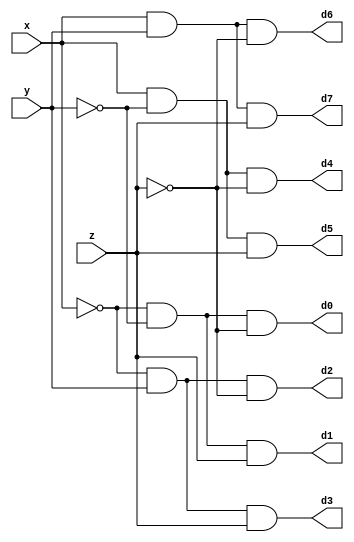
module DECODER(d0,d1,d2,d3,d4,d5,d6,d7,x,y,z);
	input x,y,z;
	output d0,d1,d2,d3,d4,d5,d6,d7;
	wire x0,y0,z0;
	not n1(x0,x);
	not n2(y0,y);
	not n3(z0,z);
	and a0(d0,x0,y0,z0);
	and a1(d1,x0,y0,z);
	and a2(d2,x0,y,z0);
	and a3(d3,x0,y,z);
	and a4(d4,x,y0,z0);
	and a5(d5,x,y0,z);
	and a6(d6,x,y,z0);
	and a7(d7,x,y,z);
endmodule

module FADDER(s,c,x,y,z);
	input x,y,z;
	wire d0,d1,d2,d3,d4,d5,d6,d7;
	output s,c;
	DECODER dec(d0,d1,d2,d3,d4,d5,d6,d7,x,y,z);
	assign s = d1 | d2 | d4 | d7,
	 c = d3 | d5 | d6 | d7;
endmodule

module FADDER8(s,cout,x,y,cin);
	input [7:0] x; 
	input [7:0] y;
	input cin;
	wire [6:0] c;
	output cout;
	output [7:0] s;
		FADDER f1(s[0],c[0],x[0],y[0],cin);
		FADDER f2(s[1],c[1],x[1],y[1],c[0]);
		FADDER f3(s[2],c[2],x[2],y[2],c[1]);
		FADDER f4(s[3],c[3],x[3],y[3],c[2]);
		FADDER f5(s[4],c[4],x[4],y[4],c[3]);
		FADDER f6(s[5],c[5],x[5],y[5],c[4]);
		FADDER f7(s[6],c[6],x[6],y[6],c[5]);
		FADDER f8(s[7],cout,x[7],y[7],c[6]);
endmodule

module FADDER32(s,cout,x,y,cin);
	input [31:0] x;
	input [31:0] y;
	input cin;
	wire [2:0] carry;
	output [31:0] s;
	output cout;
		FADDER8 f1(s[7:0],carry[0],x[7:0],y[7:0],cin);
		FADDER8 f2(s[15:8],carry[1],x[15:8],y[15:8],carry[0]);
		FADDER8 f3(s[23:16],carry[2],x[23:16],y[23:16],carry[1]);
		FADDER8 f4(s[31:24],cout,x[31:24],y[31:24],carry[2]);
endmodule

module FULLADDER_behavioral(s,c,x,y,z);
	input x,y,z;
	output reg s,c;
	//DECODER dec(d0,d1,d2,d3,d4,d5,d6,d7,x,y,z);
	//always@(*)
		//s = d1 || d2 || d4 || d7;
		//c = d3 || d5 || d6 || d7;
	always@(*)
		begin
		s = x^y^z;
		c = z&(x|y)|(x&y);
		end
endmodule

module ADDSUB(s,v,x,y,m);
	input [3:0] x,y;
	input m;
	reg [3:0] d;
	wire [2:0] carry;
	wire cout;
	output [3:0] s;
	output reg v;
	integer i;
	always@(*)
	begin
		for(i=0;i<4;i=i+1)
			begin
				d[i] = m^y[i];
			end
	end
	
	
		FULLADDER_behavioral f1(s[0],carry[0],x[0],d[0],m);
		FULLADDER_behavioral f2(s[1],carry[1],x[1],d[1],carry[0]);
		FULLADDER_behavioral f3(s[2],carry[2],x[2],d[2],carry[1]);
		FULLADDER_behavioral f4(s[3],cout,x[3],d[3],carry[2]);
	always@(*)
	begin
		v = cout^carry[2];
	end
	
endmodule
		
	
module testbench;
	 reg [31:0] x,y;
	 reg [3:0] x1,y1;
	 reg cin,m;
	 wire [31:0] s;
	 wire [3:0] s1;
	 wire c,v;
	 FADDER32 fl(s,c,x,y,cin);
	 ADDSUB a1(s1,v,x1,y1,m);
	 initial
		begin
		//$monitor(,$time," x=%b,y=%b,z=%b,s=%d,c=%b",x,y,cin,s,c);
		$monitor(,$time,"x1=%b,y1=%b,m=%b,s1=%d,v=%b",x1,y1,m,s1,v);
		end
	 initial
		begin
		// #5 x=8'd130;y=8'd125;cin=1'b0;
		 #0 x1=4'd13;y1=4'd2;m=1'b0;
		 /*#4 x=1'b1;y=1'b0;cin=1'b0;
		 #4 x=1'b0;y=1'b1;cin=1'b0;
		 #4 x=1'b1;y=1'b1;cin=1'b0;
		 #4 x=1'b0;y=1'b0;cin=1'b1;
		 #4 x=1'b1;y=1'b0;cin=1'b1;
		 #4 x=1'b0;y=1'b1;cin=1'b1;
		 #4 x=1'b1;y=1'b1;cin=1'b1;*/
		end
endmodule